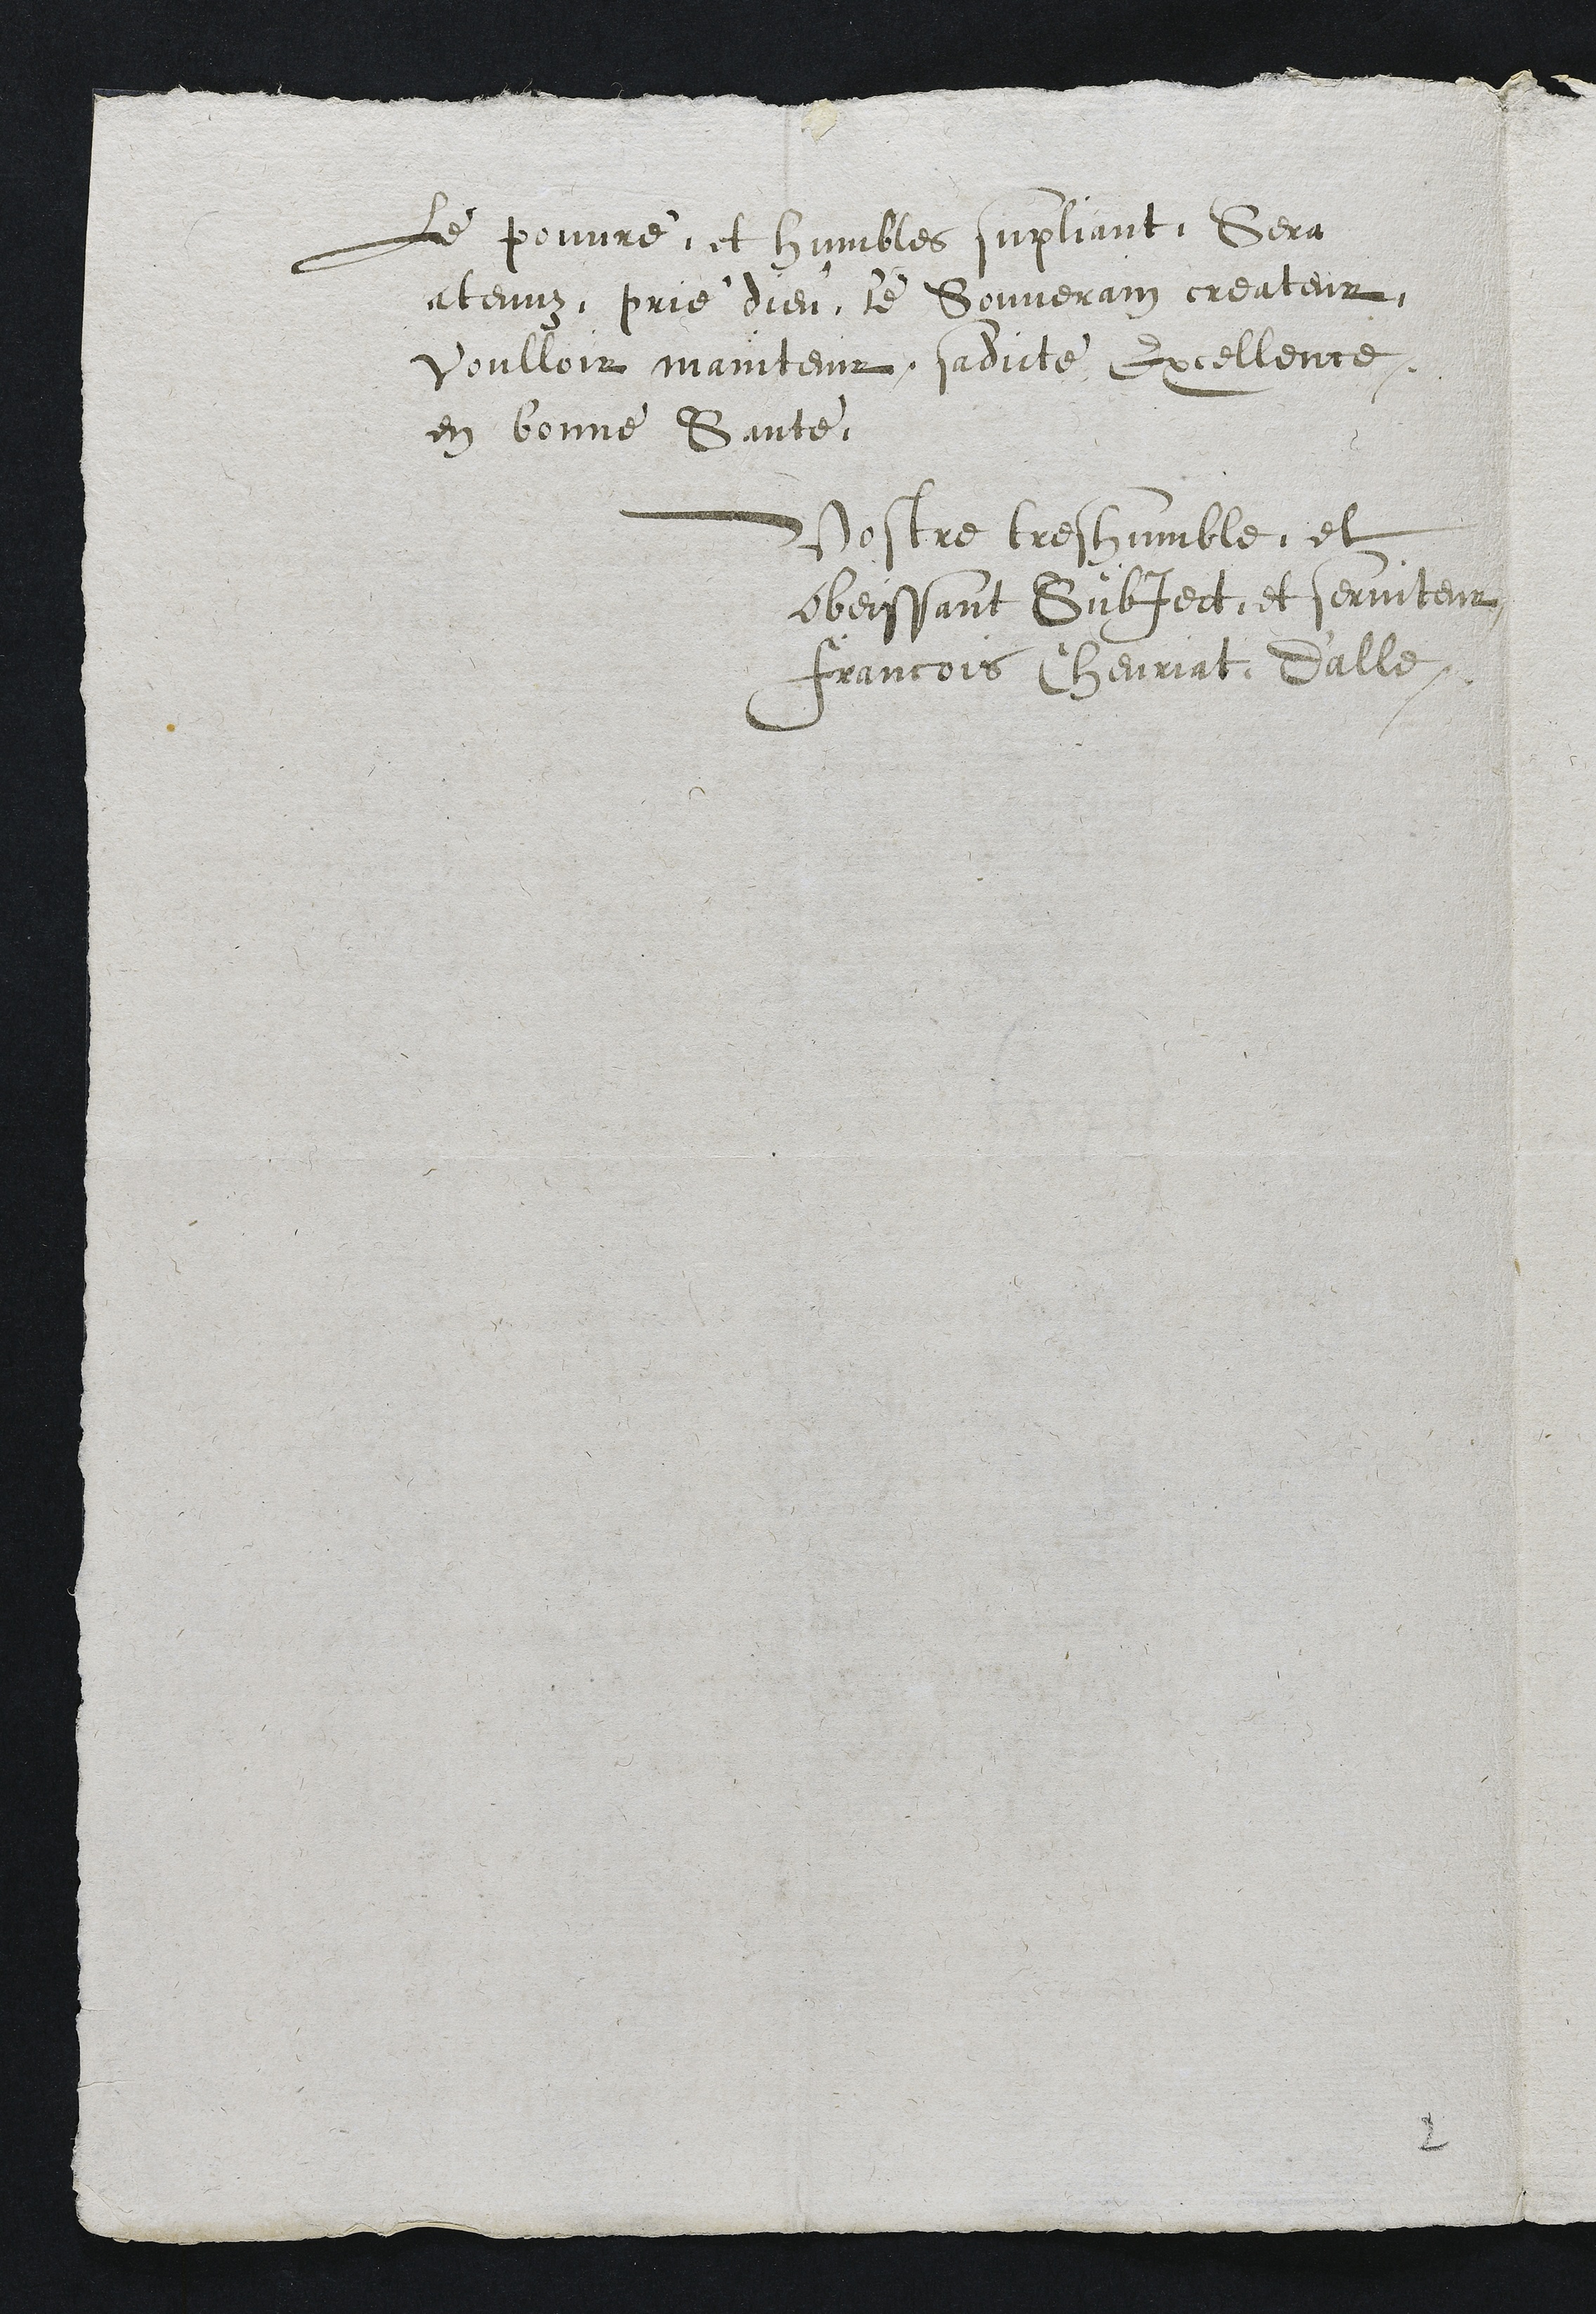
le pouvre, et humbles supliant Sera
atenuz, prie dieu le Souverain createur,
voulloir maintenir, sadicte Excellence.
en bonne Santé
Vostre tres humble, et
obeissant subject, et serviteur
Francois Chevriat d'alle,